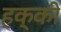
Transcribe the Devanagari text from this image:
हक्की